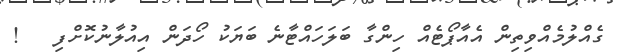
ގެއްލުމެއްވިތިން އެއާޕޯޓެއް ހިންގާ ބަލަހައްޓާނެ ބަޔަކު ހޯދަން އިއުލާނުކޮށްފި   !